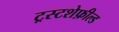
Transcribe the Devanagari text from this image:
ट्रस्टशेफ़ील्ड